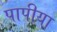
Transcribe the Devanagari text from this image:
पापीया